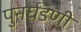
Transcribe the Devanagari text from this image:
पुनर्घडणी